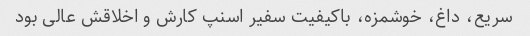
سریع، داغ، خوشمزه، باکیفیت سفیر اسنپ کارش و اخلاقش عالی بود